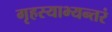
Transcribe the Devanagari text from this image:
गृहस्याभ्यन्तरं